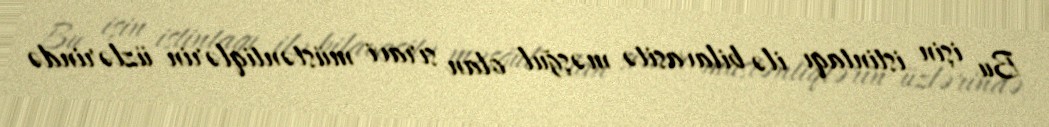
Bu işin istintaqı ilə bilavasitə məşğul olan sıravi müstəntiqlərin üzlərində